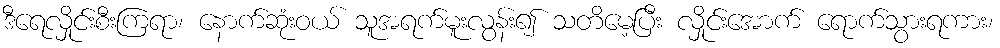
ဒီရေလှိုင်းစီးကြရာ၊ နောက်ဆုံးဝယ် သူအရက်မူးလွန်း၍ သတိမေ့ပြီး လှိုင်းအောက် ရောက်သွားရကား၊